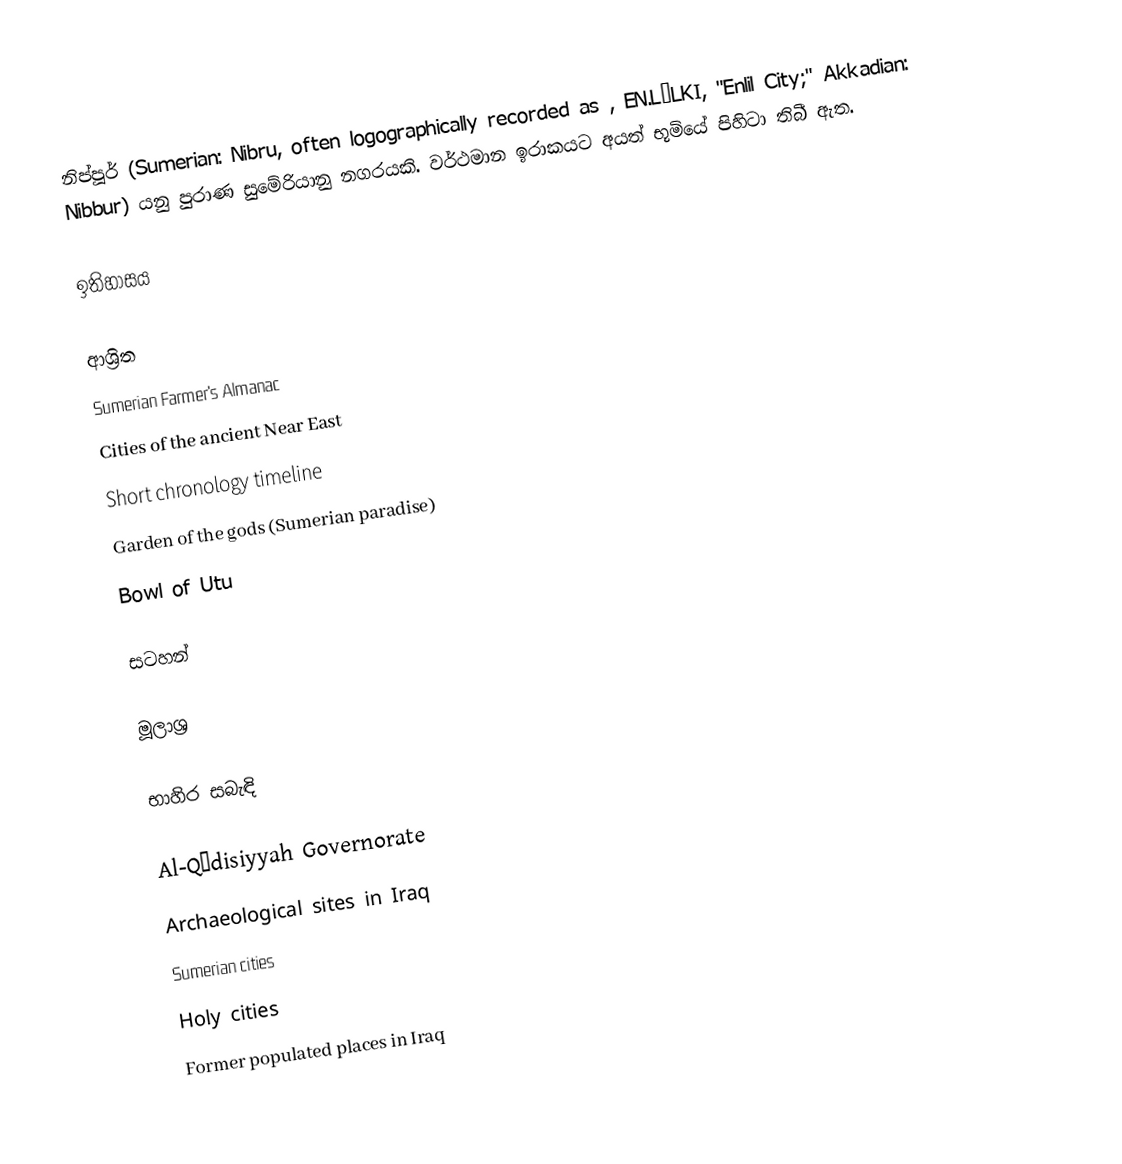
නිප්පූර් (Sumerian: Nibru, often logographically recorded as , EN.LÍLKI, "Enlil City;" Akkadian: Nibbur) යනු පුරාණ සුමේරියානු නගරයකි. වර්ථමාන ඉරාකයට අයත් භූමියේ පිහිටා තිබී ඇත.

ඉතිහාසය

ආශ්‍රිත
Sumerian Farmer's Almanac
Cities of the ancient Near East
Short chronology timeline
Garden of the gods (Sumerian paradise)
Bowl of Utu

සටහන්

මූලාශ්‍ර

භාහිර සබැඳි

Al-Qādisiyyah Governorate
Archaeological sites in Iraq
Sumerian cities
Holy cities
Former populated places in Iraq